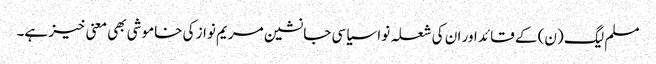
مسلم لیگ (ن) کے قائد اور ان کی شعلہ نوا سیاسی جانشین مریم نواز کی خاموشی بھی معنی خیز ہے۔